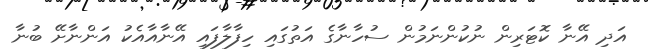
އަދި އޭނާ ކޮޓަރިން ނުކުންނަމުން ސުހާނާގެ އަތުގައި ހިފާލާފައި އޭނާއާއެކު އަންނާށޭ ބުނާ